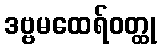
ဒဗ္ဗမထေရ်ဝတ္ထု